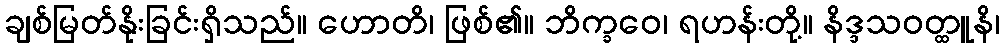
ချစ်မြတ်နိုးခြင်းရှိသည်။ ဟောတိ၊ ဖြစ်၏။ ဘိက္ခဝေ၊ ရဟန်းတို့။ နိဒ္ဒသဝတ္ထူနိ၊